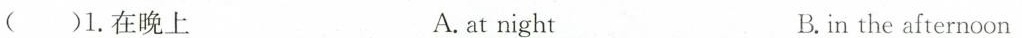
()1. 在晚上 A. at night B. in the afternoon